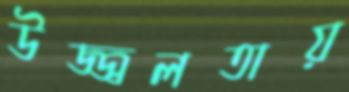
উজ্জ্বলতায়